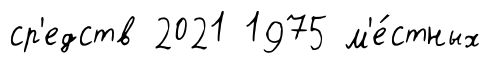
ср'едств 2021 1975 м'е́стных